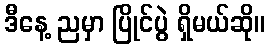
ဒီနေ့ ညမှာ ပြိုင်ပွဲ ရှိမယ်ဆို။